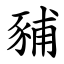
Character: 豧